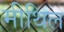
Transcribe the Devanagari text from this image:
मीथिल